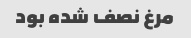
مرغ نصف شده بود